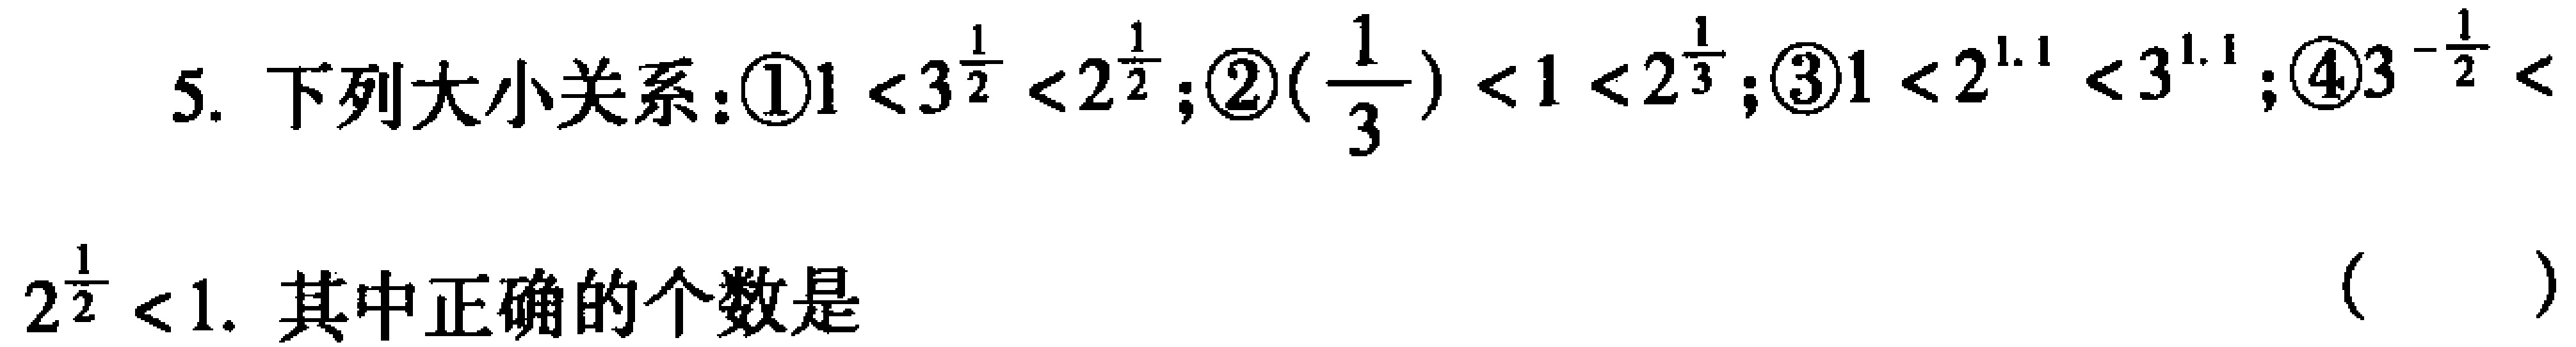
5. 下列大小关系：\textcircled{1}\(1 < 3^{\frac{1}{2}} < 2^{\frac{1}{2}}\)；\textcircled{2}\((\frac{1}{3}) < 1 < 2^{\frac{1}{3}}\)；\textcircled{3}\(1 < 2^{1.1} < 3^{1.1}\)；\textcircled{4}\(3^{-\frac{1}{2}}<2^{\frac{1}{2}} < 1\). 其中正确的个数是 （  ）